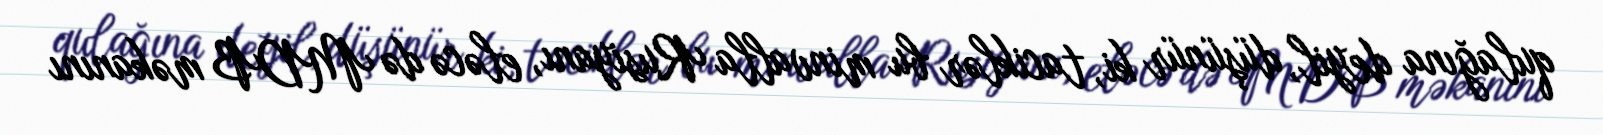
qulağına deyil, düşünür ki, taciklər bu minvalla Rusiyanı, eləcə də MDB məkanını